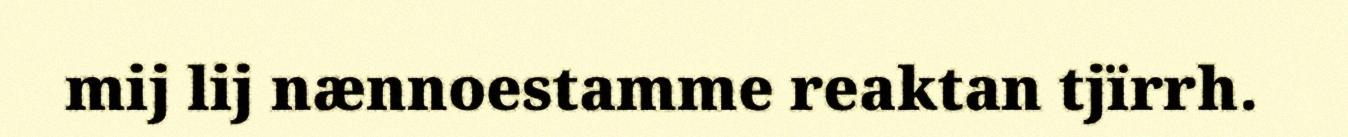
mij lij nænnoestamme reaktan tjïrrh.